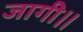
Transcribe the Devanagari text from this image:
जागी।।